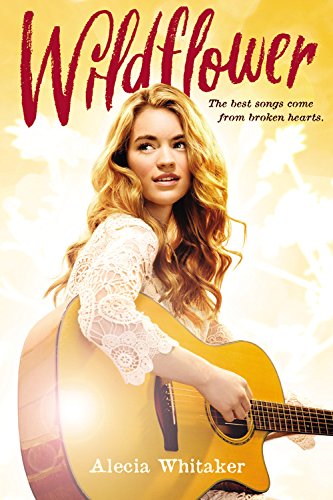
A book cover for Wildflower; Alecia Whitaker; Teen & Young Adult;